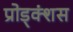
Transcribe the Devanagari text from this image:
प्रोड्क्शंस